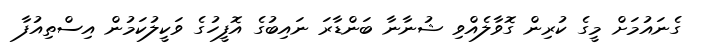
ގެނައުމަށް މީގެ ކުރިން ގޮވާލެއްވި ޝުނާނާ ބަންޑާރަ ނައިބުގެ އޮފީހުގެ ވަކީލުކަމުން އިސްތިއުފާ